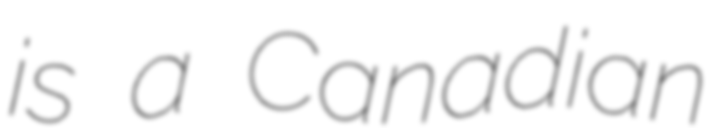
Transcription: is a Canadian